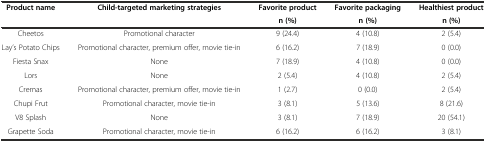
| <ROWSPAN=2> Product name | <ROWSPAN=2> Child-targeted marketing strategies | Favorite product | Favorite packaging | Healthiest product |
 | n (%) | n (%) | n (%) |
 | --- | --- | --- | --- | --- |
 | Cheetos | Promotional character | 9 (24.4) | 4 (10.8) | 2 (5.4) |
 | Lay’s Potato Chips | Promotional character, premium offer, movie tie-in | 6 (16.2) | 7 (18.9) | 0 (0.0) |
 | Fiesta Snax | None | 7 (18.9) | 4 (10.8) | 0 (0.0) |
 | Lors | None | 2 (5.4) | 4 (10.8) | 2 (5.4) |
 | Cremas | Promotional character, premium offer, movie tie-in | 1 (2.7) | 0 (0.0) | 2 (5.4) |
 | Chupi Frut | Promotional character, movie tie-in | 3 (8.1) | 5 (13.6) | 8 (21.6) |
 | V8 Splash | None | 3 (8.1) | 7 (18.9) | 20 (54.1) |
 | Grapette Soda | Promotional character, movie tie-in | 6 (16.2) | 6 (16.2) | 3 (8.1) |